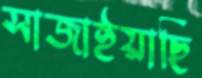
সাজাইয়াছি